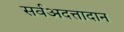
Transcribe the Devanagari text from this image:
सर्वअदत्तादान